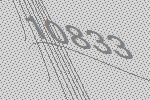
10833